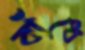
বাঁধে